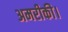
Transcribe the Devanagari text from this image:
अमरीकी।